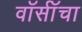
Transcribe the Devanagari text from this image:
वॉर्सॉचा